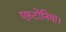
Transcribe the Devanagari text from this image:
एस्टोनिया।